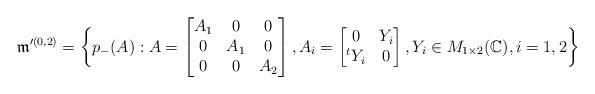
LaTeX: \begin{align*}\frak{m}'^{(0,2)}=\bigg\{p_-(A): A=\begin{bmatrix} A_1 & 0 & 0\\ 0 & A_1 & 0\\ 0 & 0 & A_2\end{bmatrix}, A_i=\begin{bmatrix} 0 & Y_i \\ ^tY_i & 0 \end{bmatrix}, Y_i\in M_{1\times 2}(\mathbb{C}), i=1,2\bigg\}\end{align*}